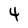
Character: 4